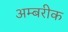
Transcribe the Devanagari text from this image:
अम्बरीक